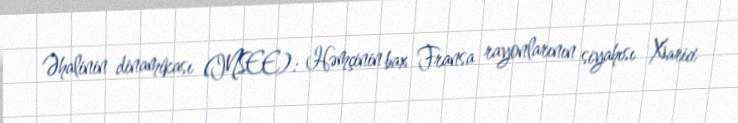
Əhalinin dinamikası (INSEE): Həmçinin bax Fransa rayonlarının siyahısı Xarici